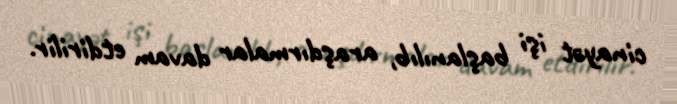
cinayət işi başlanılıb, araşdırmalar davam etdirilir.